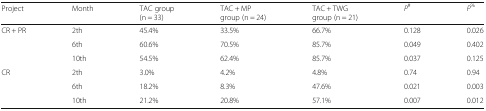
<table><thead><tr><td><b>Project</b></td><td><b>Month</b></td><td><b>TAC group (n = 33)</b></td><td><b>TAC + MP group (n = 24)</b></td><td><b>TAC + TWG group (n = 21)</b></td><td><b><i>P</i><sup>#</sup></b></td><td><b><i>P</i><sup>%</sup></b></td></tr></thead><tbody><tr><td rowspan="3">CR + PR</td><td>2th</td><td>45.4%</td><td>33.5%</td><td>66.7%</td><td>0.128</td><td>0.026</td></tr><tr><td>6th</td><td>60.6%</td><td>70.5%</td><td>85.7%</td><td>0.049</td><td>0.402</td></tr><tr><td>10th</td><td>54.5%</td><td>62.4%</td><td>85.7%</td><td>0.037</td><td>0.125</td></tr><tr><td rowspan="3">CR</td><td>2th</td><td>3.0%</td><td>4.2%</td><td>4.8%</td><td>0.74</td><td>0.94</td></tr><tr><td>6th</td><td>18.2%</td><td>8.3%</td><td>47.6%</td><td>0.021</td><td>0.003</td></tr><tr><td>10th</td><td>21.2%</td><td>20.8%</td><td>57.1%</td><td>0.007</td><td>0.012</td></tr></tbody></table>